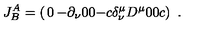
J _ { B } ^ { A } = \left( \begin{matrix} { 0 } & { - \partial _ { \nu } } & { 0 } \\ { 0 } & { - c \delta _ { \nu } ^ { \mu } } & { D ^ { \mu } } \\ { 0 } & { 0 } & { c } \\ \end{matrix} \right) \ .